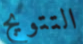
التتويج